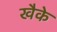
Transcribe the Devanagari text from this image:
खैके